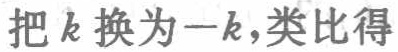
把\(k\)换为\(-k\)，类比得